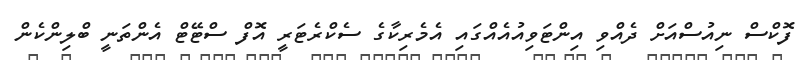
ފޮކްސް ނިއުސްއަށް ދެއްވި އިންޓަވިއުއެއްގައި އެމެރިކާގެ ސެކްރެޓަރީ އޮފް ސްޓޭޓް އެންތަނީ ބްލިންކެން